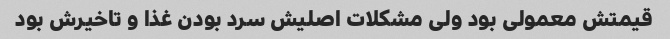
قیمتش معمولی بود ولی مشکلات اصلیش سرد بودن غذا و تاخیرش بود